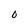
Character: 0